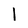
Character: I